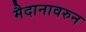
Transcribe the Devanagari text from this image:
मैदानावरुन